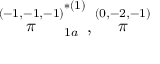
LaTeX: \stackrel { ( - 1 , - 1 , - 1 ) } { \pi } _ { 1 a } ^ { * ( 1 ) } , \stackrel { ( 0 , - 2 , - 1 ) } { \pi }